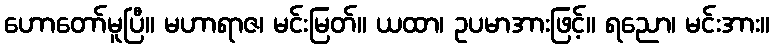
ဟောတော်မူပြီ။ မဟာရာဇ၊ မင်းမြတ်။ ယထာ၊ ဥပမာအားဖြင့်။ ရညော၊ မင်းအား။